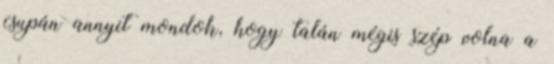
csupán annyit mondok, hogy talán mégis szép volna a